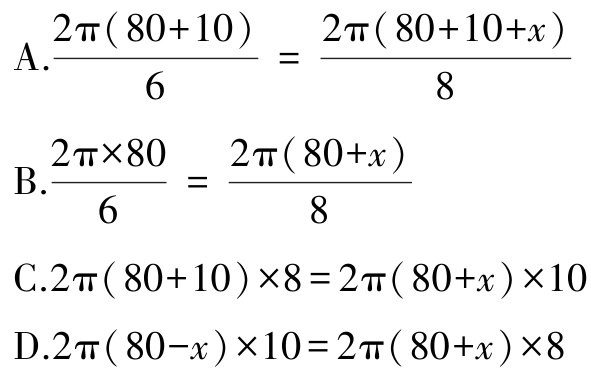
A.$\frac{2\pi(80 + 10)}{6}=\frac{2\pi(80 + 10 + x)}{8}$

B.$\frac{2\pi\times80}{6}=\frac{2\pi(80 + x)}{8}$

C.$2\pi(80 + 10)\times8 = 2\pi(80 + x)\times10$

D.$2\pi(80 - x)\times10 = 2\pi(80 + x)\times8$